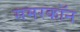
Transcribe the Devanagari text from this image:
समरकॉन